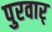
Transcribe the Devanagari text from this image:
पुरवार्